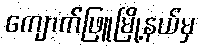
ကျောက်ဖြူမြို့နယ်မှ